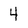
Character: 4